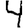
Digit: 4